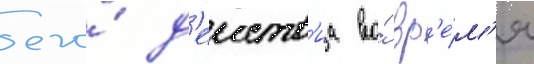
его́ д'еиств'иа во́ вр'е́м'я